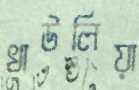
খাউলিয়া